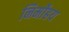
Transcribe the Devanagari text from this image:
निर्मोहय